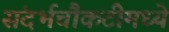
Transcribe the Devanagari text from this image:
संदर्भचौकटीमध्ये